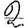
Digit: 2